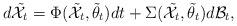
LaTeX: \begin{align*}d\mathcal{\tilde X}_t=\Phi(\mathcal{\tilde X}_t,\tilde \theta_t)dt+\Sigma(\mathcal{\tilde X}_t,\tilde \theta_t) d\mathcal{B}_t,\end{align*}